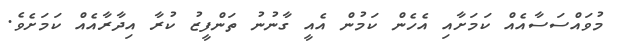
މުވައްސަސާއެއް ކަމަށާއި އެހެން ކަމުން އެއީ ގާނުނު ތަންފީޒު ކުރާ އިދާރާއެއް ކަމަށެވެ.